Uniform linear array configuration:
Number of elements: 64
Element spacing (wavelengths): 0.75
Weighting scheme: exponential
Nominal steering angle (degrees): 0
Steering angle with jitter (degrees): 1.02
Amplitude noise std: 0.05
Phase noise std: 0.05

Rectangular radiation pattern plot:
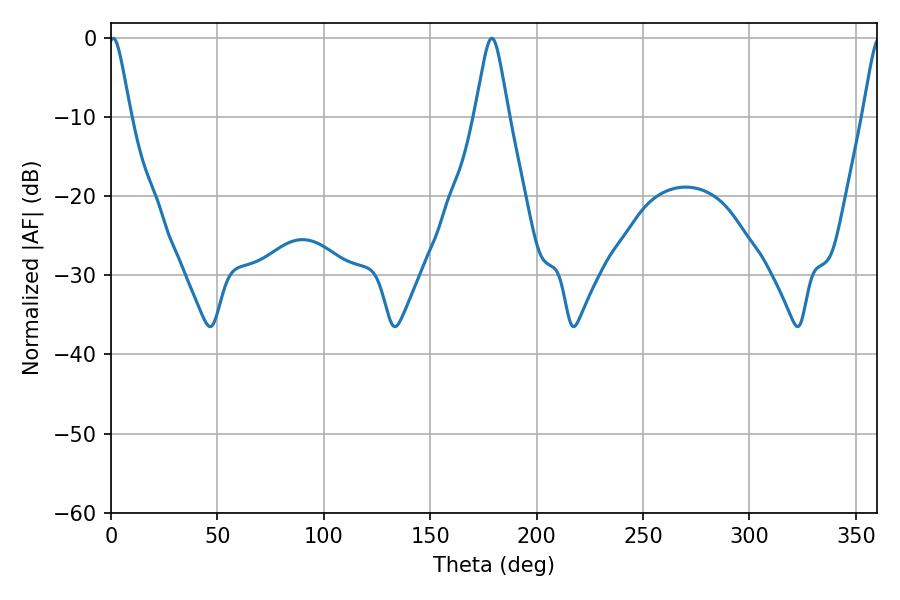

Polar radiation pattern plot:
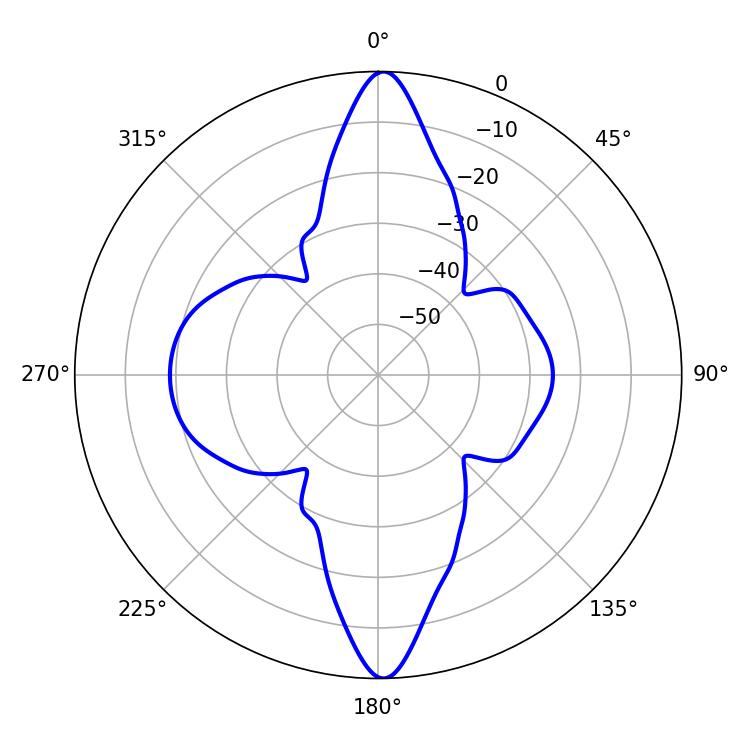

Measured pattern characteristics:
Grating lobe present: TRUE
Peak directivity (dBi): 39.441
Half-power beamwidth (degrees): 4.86
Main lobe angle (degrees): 1.08